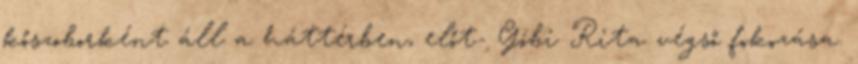
kőszoborként áll a háttérben, előt- Góbi Rita végső fokozása.